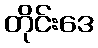
တိုင်းဒေ